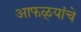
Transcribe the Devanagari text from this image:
आफळ्यांचे